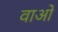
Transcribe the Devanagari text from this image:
वाओं